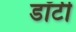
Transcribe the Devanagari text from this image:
डॉटी